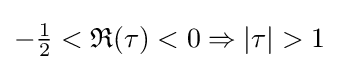
-{\tfrac {1}{2}}<{\mathfrak {R}}(\tau )<0\Rightarrow |\tau |>1